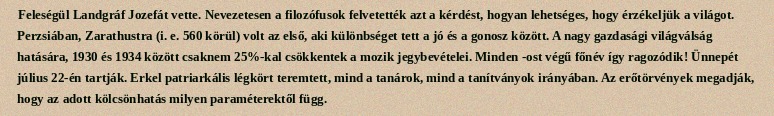
Feleségül Landgráf Jozefát vette. Nevezetesen a filozófusok felvetették azt a kérdést, hogyan lehetséges, hogy érzékeljük a világot. Perzsiában, Zarathustra (i. e. 560 körül) volt az első, aki különbséget tett a jó és a gonosz között. A nagy gazdasági világválság hatására, 1930 és 1934 között csaknem 25%-kal csökkentek a mozik jegybevételei. Minden -ost végű főnév így ragozódik! Ünnepét július 22-én tartják. Erkel patriarkális légkört teremtett, mind a tanárok, mind a tanítványok irányában. Az erőtörvények megadják, hogy az adott kölcsönhatás milyen paraméterektől függ.